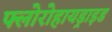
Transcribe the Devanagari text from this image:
फ्लोरोहायड्राइड